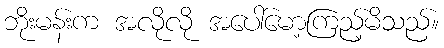
ဘိုးမန်းက အလိုလို အပေါ်မော့ကြည့်မိသည်။